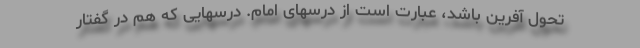
تحول آفرین باشد، عبارت است از درسهای امام. درسهایی که هم در گفتار